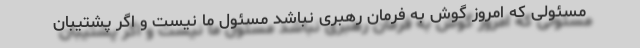
مسئولی که امروز گوش به فرمان رهبری نباشد مسئول ما نیست و اگر پشتیبان